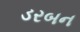
ડરબન